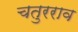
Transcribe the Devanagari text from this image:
चतुरराव